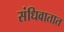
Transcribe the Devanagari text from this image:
संधिवातात